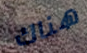
هناك